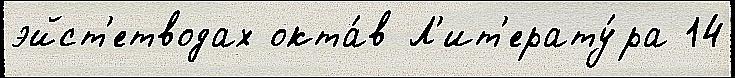
эйст'етводах окта́в Л'ит'ерату́ра 14